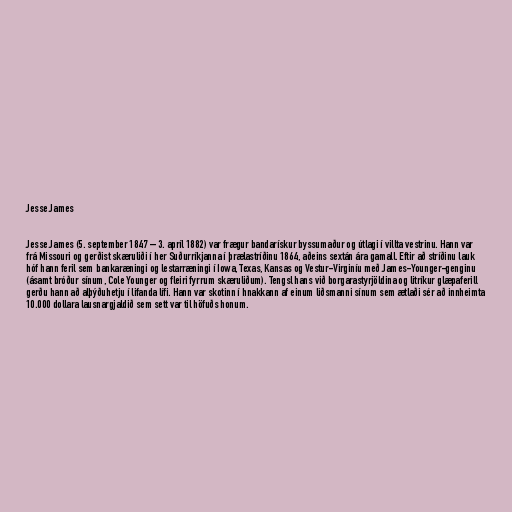
Jesse James

Jesse James (5. september 1847 – 3. apríl 1882) var frægur bandarískur byssumaður og útlagi í villta vestrinu. Hann var
frá Missouri og gerðist skæruliði í her Suðurríkjanna í þrælastríðinu 1864, aðeins sextán ára gamall. Eftir að stríðinu lauk
hóf hann feril sem bankaræningi og lestarræningi í Iowa, Texas, Kansas og Vestur-Virginíu með James-Younger-genginu
(ásamt bróður sínum, Cole Younger og fleiri fyrrum skæruliðum). Tengsl hans við borgarastyrjöldina og litríkur glæpaferill
gerðu hann að alþýðuhetju í lifanda lífi. Hann var skotinn í hnakkann af einum liðsmanni sínum sem ætlaði sér að innheimta
10.000 dollara lausnargjaldið sem sett var til höfuðs honum.